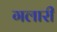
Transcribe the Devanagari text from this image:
गलारी